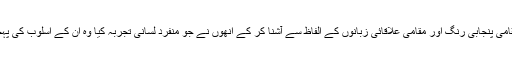
اردو کو مقامی پنجابی رنگ اور مقامی علاقائی زبانوں کے الفاظ سے آشنا کر کے انھوں نے جو منفرد لسانی تجربہ کیا وہ ان کے اسلوب کی پہچان بن گیا۔